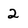
Character: 2